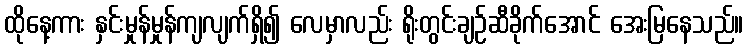
ထိုနေ့ကား နှင်းမှုန်မှုန်ကျလျက်ရှိ၍ လေမှာလည်း ရိုးတွင်းချဉ်ဆီခိုက်အောင် အေးမြနေသည်။